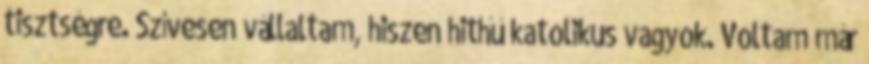
tisztségre. Szívesen vállaltam, hiszen hithű katolikus vagyok. Voltam már